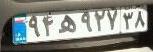
۹۴ه۹۲۷۳۸